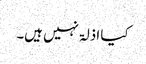
کیا اذلۃ نہیں ہیں۔